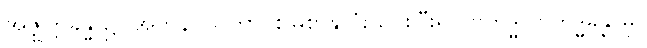
အဇ္ဈတ္တခန္ဓာ၌။ အဘိနိဝိသိတွာ၊ စွဲမြဲစွာနှလုံးသွင်းပြီး၍။ ဗဟိဒ္ဓါ၊ ဗဟိဒ္ဓခန္ဓာမှ။